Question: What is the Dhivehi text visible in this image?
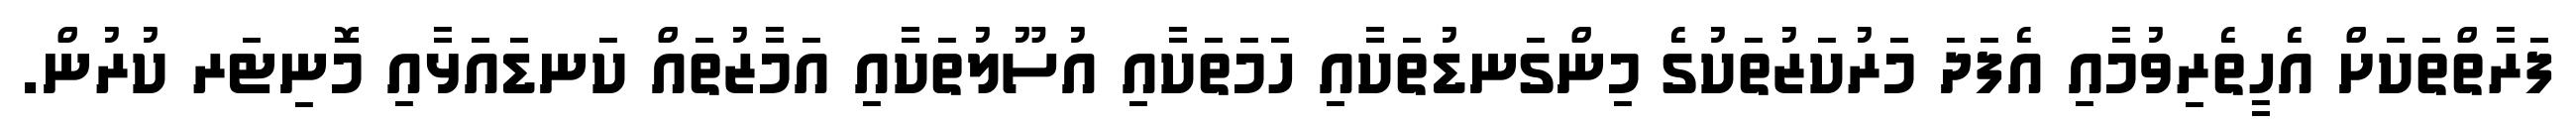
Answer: ފަރާތްތަކަށް އެހީތެރިވުމާއި އެފަދަ މަރުކަޒުތަކުގެ މިންގަނޑުތަކާއި ހަމަތަކާއި އުސޫލުތަކާއި އަމާޒުތައް ކަނޑައަޅާއި މޮނިޓަރ ކުރުން.